Civil Veterinary Dept. Bombay admin report 1923-31 - 1923-1931
Year: 1923
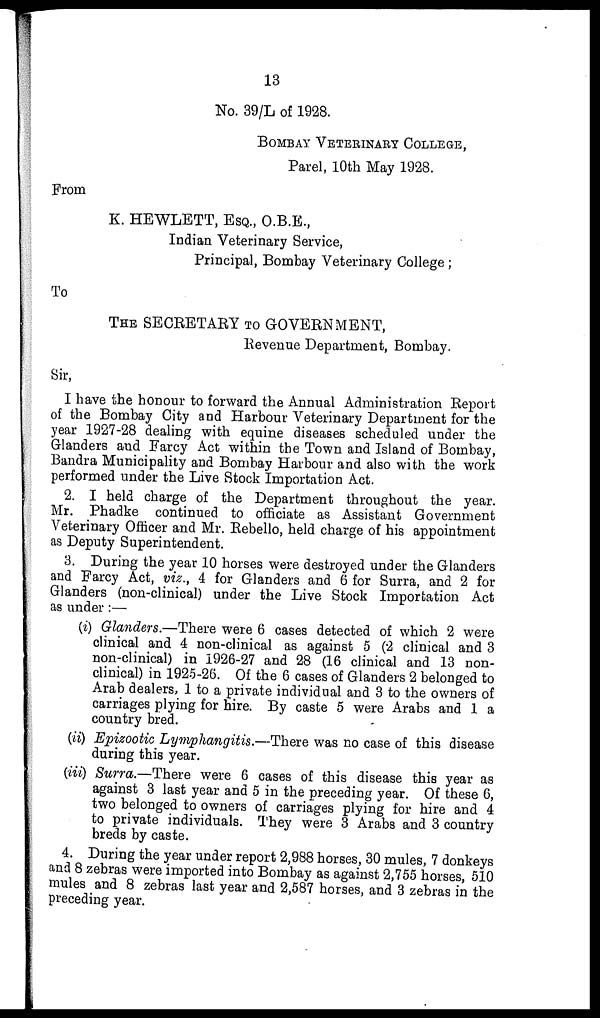
13
No. 39/L of 1928.
BOMBAY VETERINARY COLLEGE,
Parel, 10th May 1928.
From
K. HEWLETT, ESQ., O.B.E.,
Indian Veterinary Service,
Principal, Bombay Veterinary College ;
To
THE SECRETARY TO GOVERNMENT,
Revenue Department, Bombay.
Sir,
I have the honour to forward the Annual Administration Report
of the Bombay City and Harbour Veterinary Department for the
year 1927-28 dealing with equine diseases scheduled under the
Glanders and Farcy Act within the Town and Island of Bombay,
Bandra Municipality and Bombay Harbour and also with the work
performed under the Live Stock Importation Act.
2. I held charge of the Department throughout the year.
Mr. Phadke continued to officiate as Assistant Government
Veterinary Officer and Mr. Rebello, held charge of his appointment
as Deputy Superintendent.
3. During the year 10 horses were destroyed under the Glanders
and Farcy Act, viz., 4 for Glanders and 6 for Surra, and 2 for
Glanders (non-clinical) under the Live Stock Importation Act
as under :—
(i) Glanders.—There were 6 cases detected of which 2 were
clinical and 4 non-clinical as against 5 (2 clinical and 3
non-clinical) in 1926-27 and 28 (16 clinical and 13 non-
clinical) in 1925-26. Of the 6 cases of Glanders 2 belonged to
Arab dealers, 1 to a private individual and 3 to the owners of
carriages plying for hire. By caste 5 were Arabs and 1 a
country bred.
(ii) Epizootic Lymphangitis.—There was no case of this disease
during this year.
(iii) Surra.—There were 6 cases of this disease this year as
against 3 last year and 5 in the preceding year. Of these 6,
two belonged to owners of carriages plying for hire and 4
to private individuals. They were 3 Arabs and 3 country
breds by caste.
4. During the year under report 2,988 horses, 30 mules, 7 donkeys
and 8 zebras were imported into Bombay as against 2,755 horses, 510
mules and 8 zebras last year and 2,587 horses, and 3 zebras in the
preceding year.